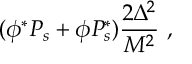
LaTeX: ( \phi ^ { * } P _ { s } + \phi P _ { s } ^ { * } ) \frac { 2 \Delta ^ { 2 } } { M ^ { 2 } } \ ,